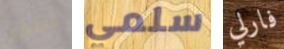
ستقع سلمي فارلي